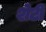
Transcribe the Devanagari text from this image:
शेटी